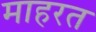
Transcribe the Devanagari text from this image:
माहरत